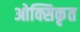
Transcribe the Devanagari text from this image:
ओक्सिकृत